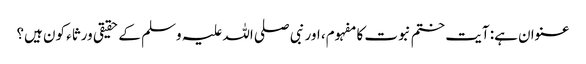
عنوان ہے: آیت ختم نبوت کا مفہوم، اور نبی صلی اللہ علیہ وسلم کے حقیقی ورثاء کون ہیں؟